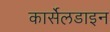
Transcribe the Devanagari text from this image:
कार्सेलडाइन